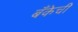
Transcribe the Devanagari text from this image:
बॅँकेची